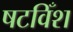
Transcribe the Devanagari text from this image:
षटविँश